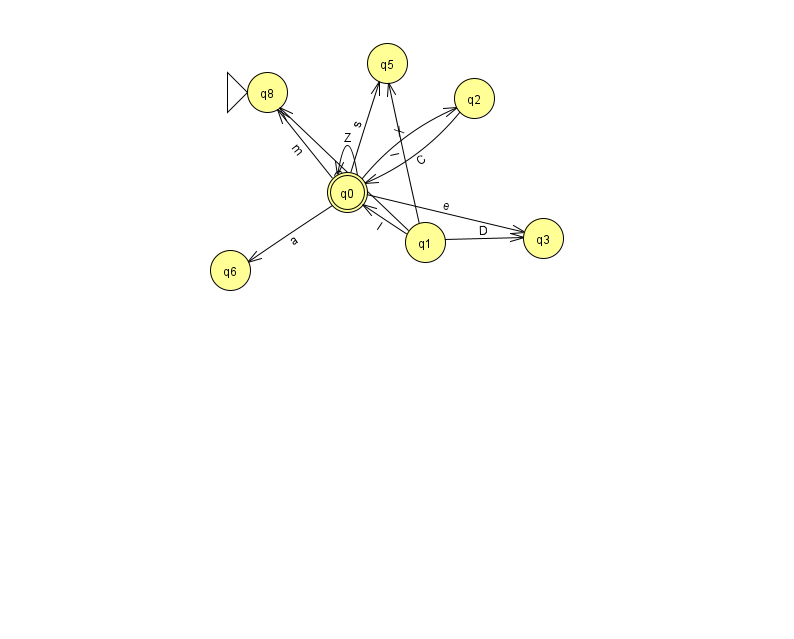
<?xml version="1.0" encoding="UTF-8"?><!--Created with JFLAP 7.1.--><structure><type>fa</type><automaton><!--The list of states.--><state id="0" name="q0"><x>347.0</x><y>179.0</y><final/></state><state id="1" name="q1"><x>425.0</x><y>229.0</y></state><state id="2" name="q2"><x>474.0</x><y>85.0</y></state><state id="3" name="q3"><x>543.0</x><y>225.0</y></state><state id="5" name="q5"><x>387.0</x><y>50.0</y></state><state id="6" name="q6"><x>230.0</x><y>257.0</y></state><state id="8" name="q8"><x>267.0</x><y>79.0</y><initial/></state><!--The list of transitions.--><transition><from>1</from><to>0</to><read>l</read></transition><transition><from>0</from><to>3</to><read>e</read></transition><transition><from>0</from><to>2</to><read>X</read></transition><transition><from>0</from><to>6</to><read>a</read></transition><transition><from>0</from><to>8</to><read>m</read></transition><transition><from>1</from><to>3</to><read>D</read></transition><transition><from>0</from><to>0</to><read>Z</read></transition><transition><from>0</from><to>5</to><read>s</read></transition><transition><from>1</from><to>5</to><read>l</read></transition><transition><from>1</from><to>8</to><read>O</read></transition><transition><from>2</from><to>0</to><read>C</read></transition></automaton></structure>